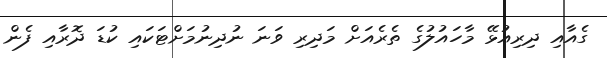
ގެއާއި ދިރިއުޅޭ މާހައުލުގެ ތެރެއަށް މަދިރި ވަނަ ނުދިނުމަށްޓަކައި ކުޑަ ދޮރާއި ފެން